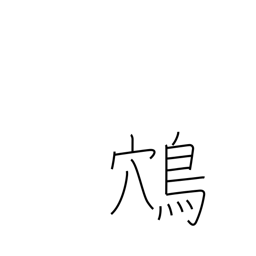
Meaning: swooping